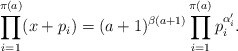
\begin{align*} \prod_{i = 1}^{\pi(a)} (x + p_i) = (a + 1)^{\beta(a + 1)}\prod_{i = 1}^{\pi(a)}p_i^{\alpha_i'}. \end{align*}